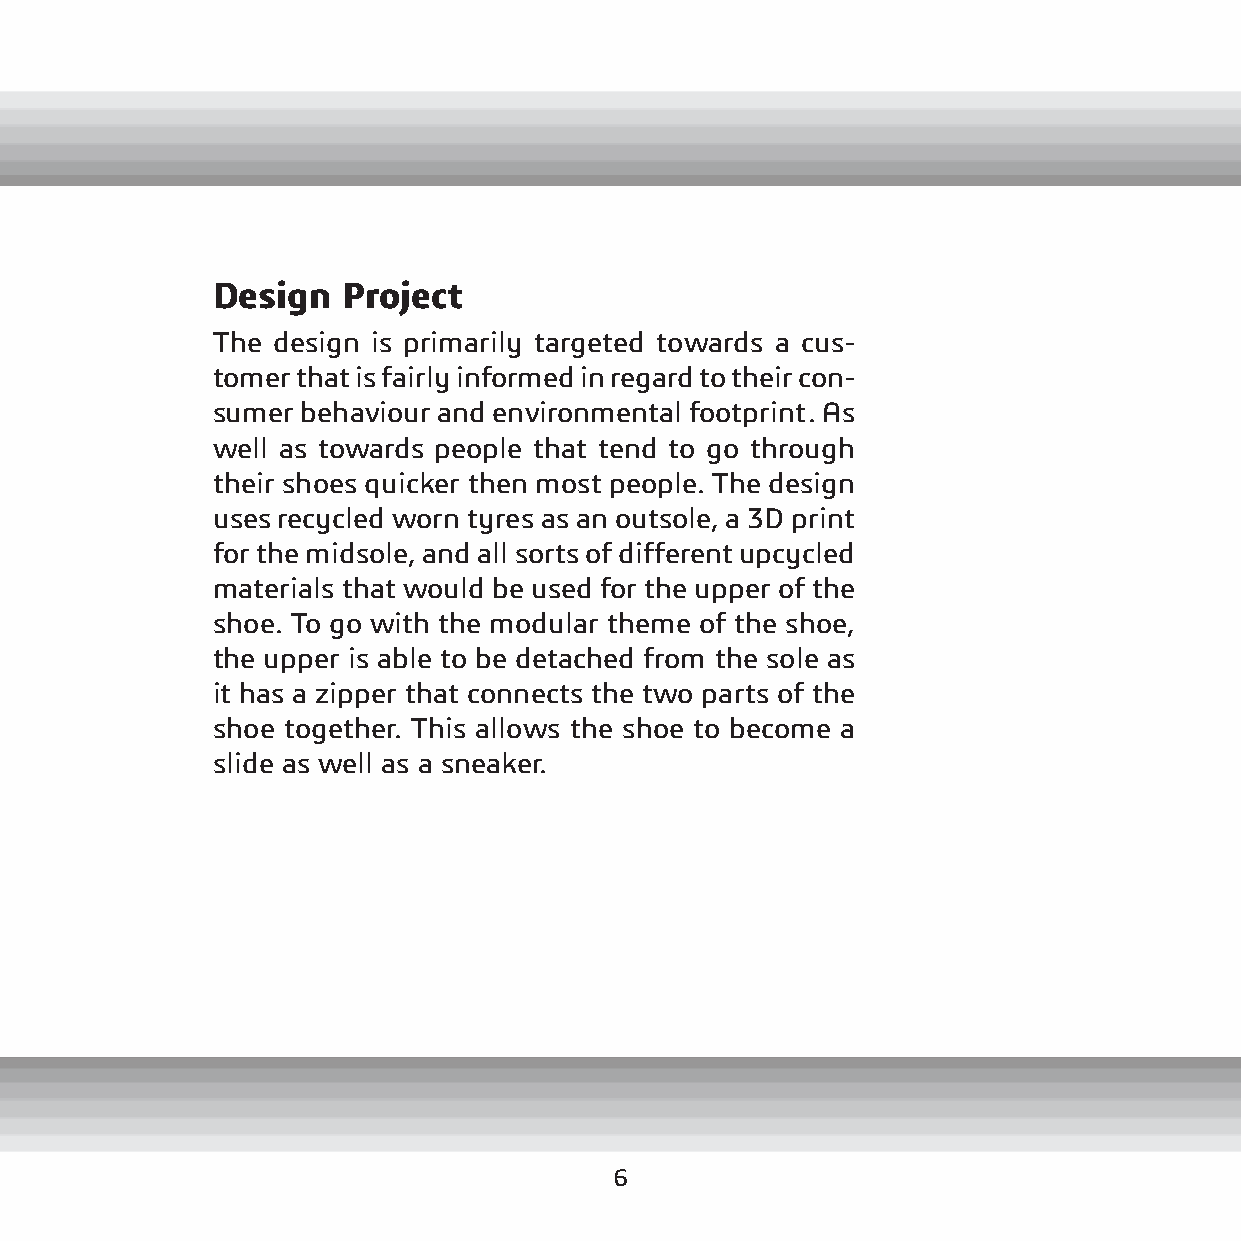
Design   Project
 The design is primarily targeted towards a cus-
 tomer that is fairly informed in regard to their con-
 sumer behaviour and environmental footprint. As
 well as towards people that tend to go through
 their shoes quicker then most people. The design
 uses recycled worn tyres as an outsole, a 3D print
 for the midsole, and all sorts of different upcycled
 materials that would be used for the upper of the
 shoe. To go with the modular theme of the shoe,
 the upper is able to be detached from the sole as
 it has a zipper that connects the two parts of the
 shoe together. This allows the shoe to become a
 slide as well as a sneaker.
 6